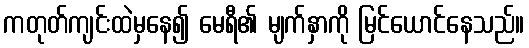
ကတုတ်ကျင်းထဲမှနေ၍ မေရီ၏ မျက်နှာကို မြင်ယောင်နေသည်။